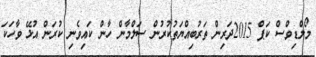
މޯލްޑިވްސް ކަޕް 2015ދަރިން ތަރުބިއްޔަތުކުރުން ސަލްމާން ހާން ކައިވެނި ކުރަން އުޅޭ ވާހަކަ